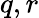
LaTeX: q,r